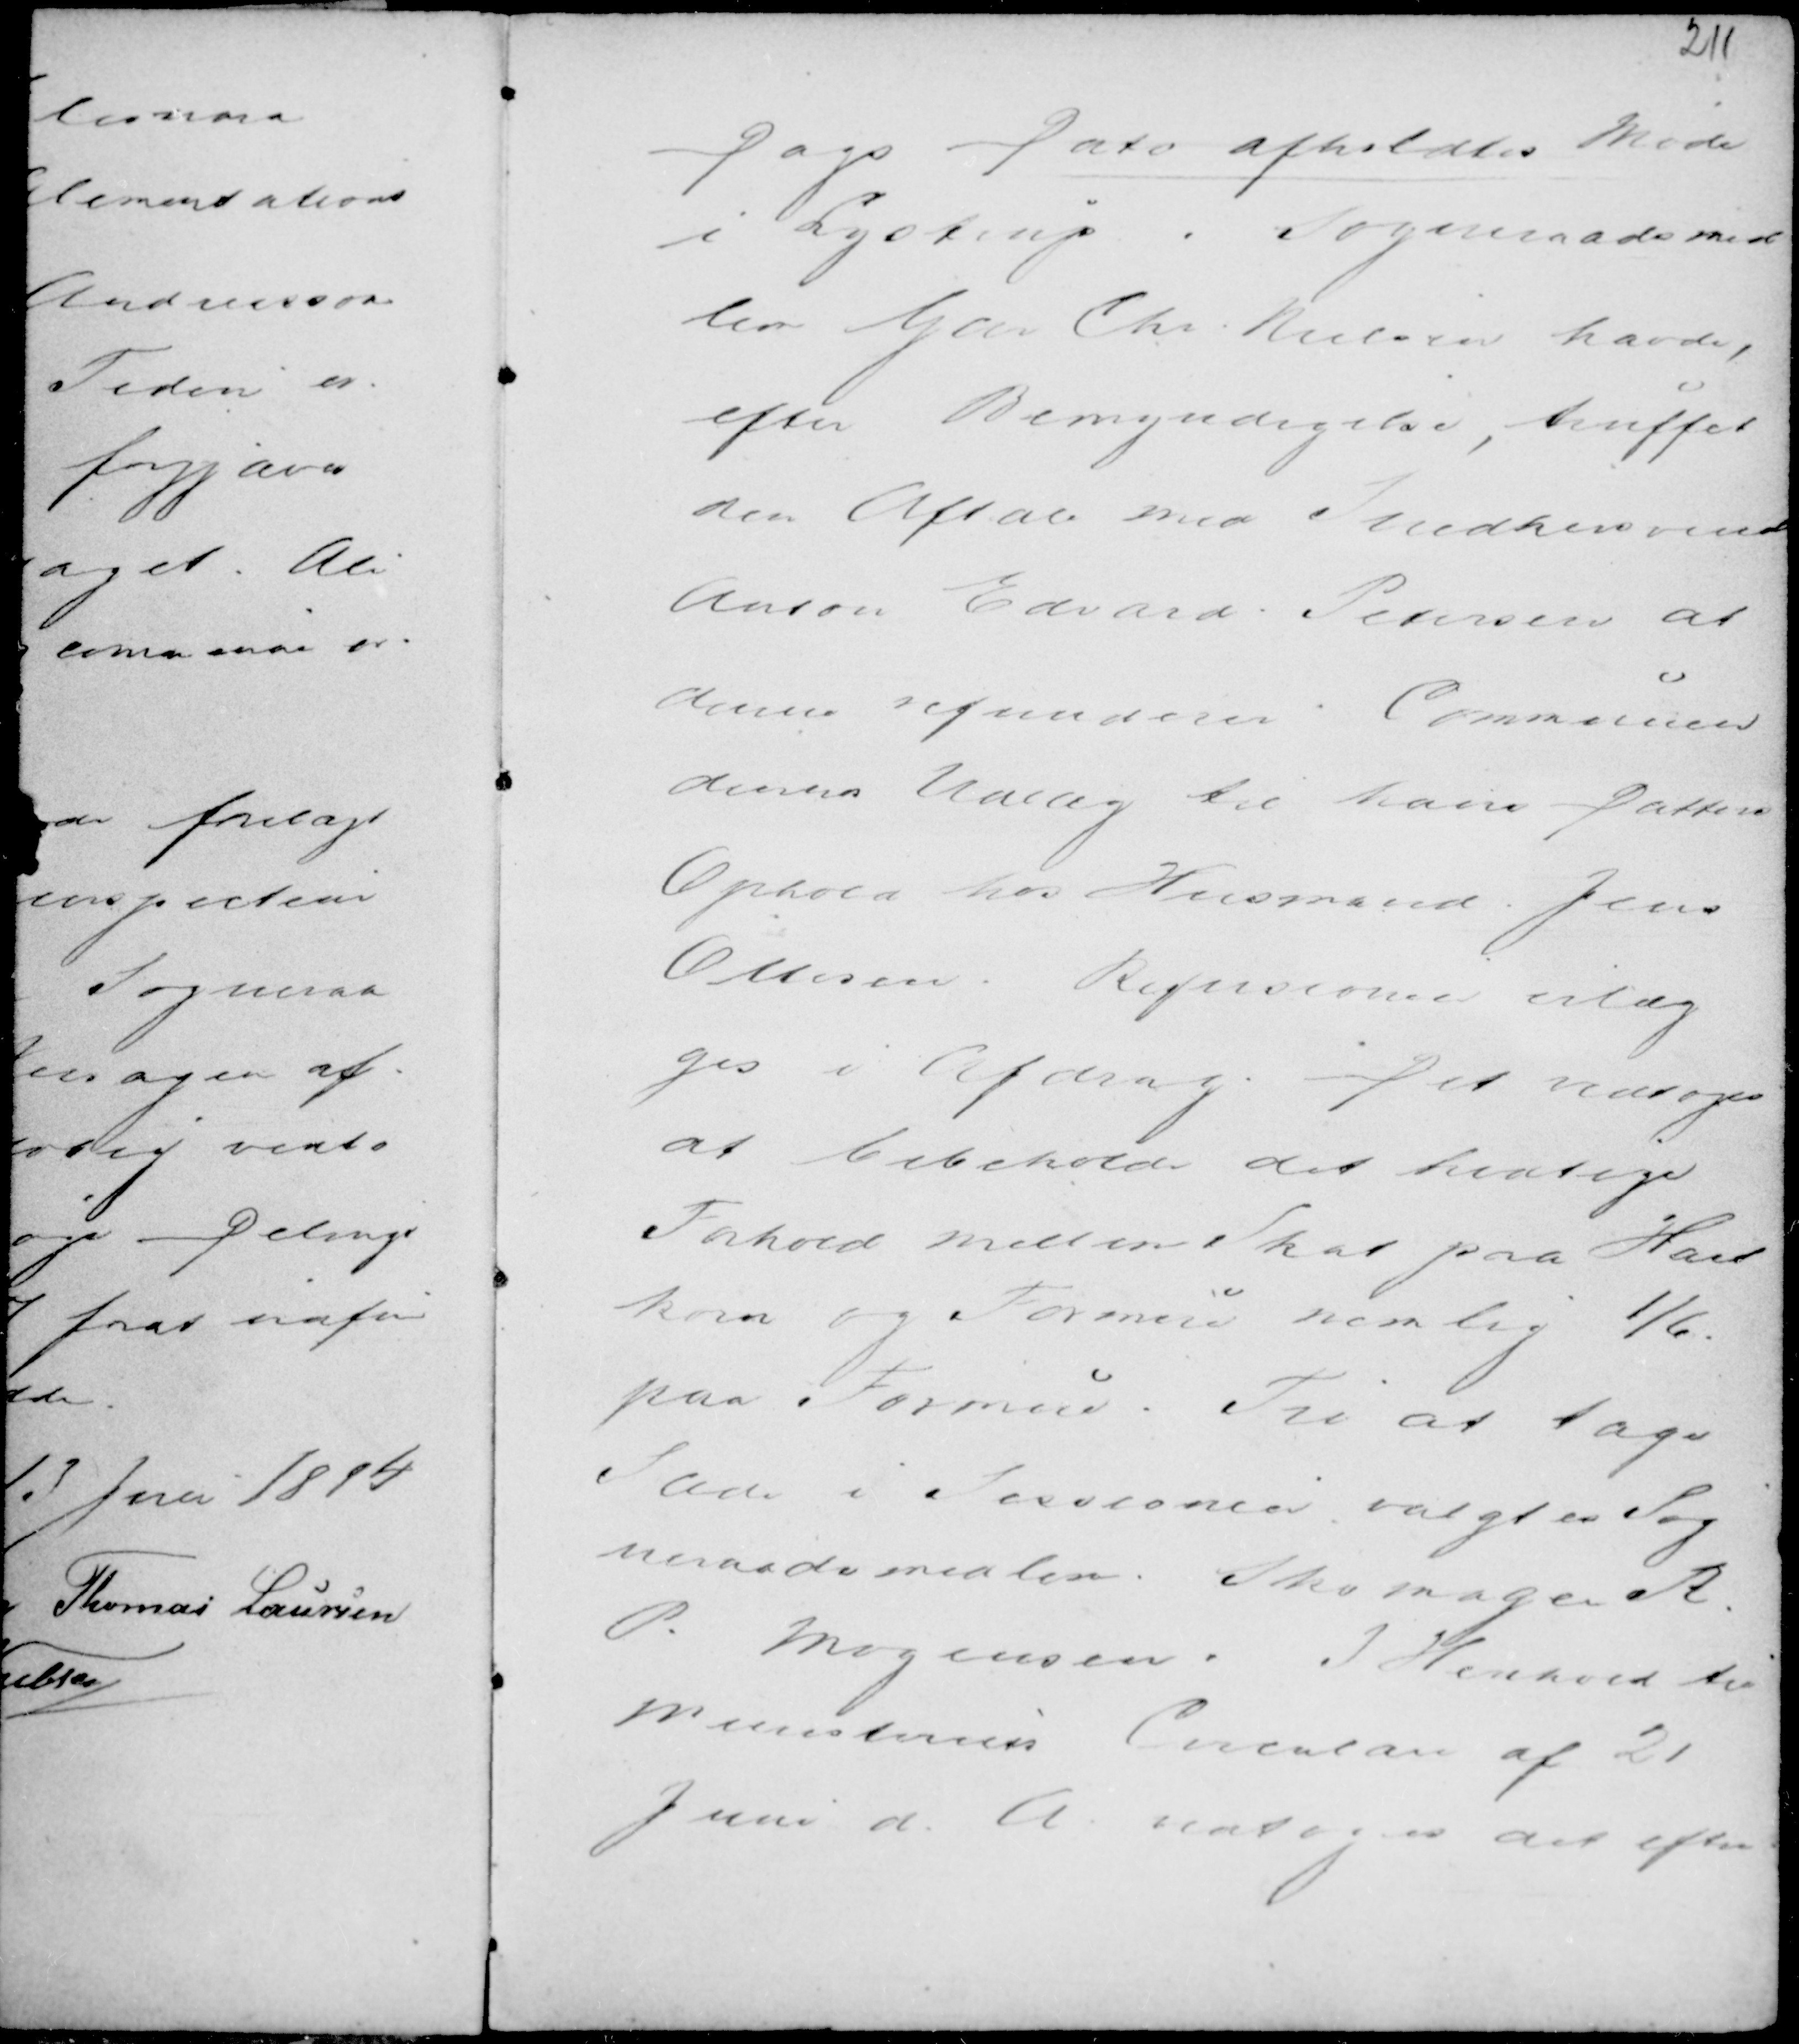
Transskription:
Dags Dato afholdtes Møde
i Lystrup. Sogneraadsmed
lem Gdr Chr. Nielsen havde,
efter Bemyndigelse, truffet
den Aftale med Snedkersvend
Anton Edvard Pedersen at
denne refunderer. Communen
denne Udlæg til hans Datters
Ophold hos Husmand Jens
Ottesen. Refusionen erlæg
ges i Afdrag. Det vedtoges
at bibeholde det hidtige
Forhold mellem Skat paa Hart
korn og Formue nemlig 1/6.
paa Formue. Til at tage
Sæde i Sessionen valgtes Sog
neraadsmedlem Skomager R.
P. Mogensen. I Henhold til
Ministeriets Circulære af 21
Juni d. A. vedtoges det efter